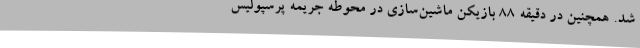
شد. همچنین در دقیقه 88 بازیکن ماشین‌سازی در محوطه جریمه پرسپولیس